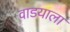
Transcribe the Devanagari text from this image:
वाडयाला